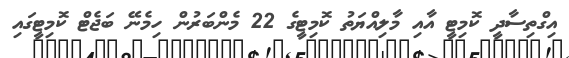
އިގްތިސާދީ ކޮމިޓީ އާއި މާލިއްޔަތު ކޮމިޓީގެ 22 މެންބަރުން ހިމެނޭ ބަޖެޓް ކޮމިޓީގައި